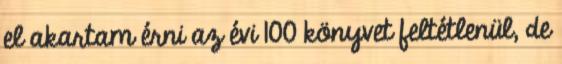
el akartam érni az évi 100 könyvet feltétlenül, de